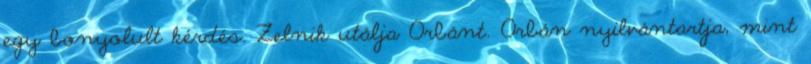
egy bonyolult kérdés. Zelnik utálja Orbánt. Orbán nyilvántartja, mint